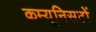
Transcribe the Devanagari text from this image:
कम्यूनिसटों